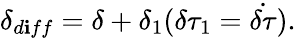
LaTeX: \delta_{d\mathbf{i}ff}=\delta+\delta_{1}(\delta\tau_{1}=\dot{{\delta\tau}}).